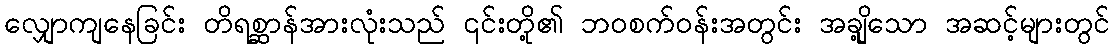
လျှောကျနေခြင်း တိရစ္ဆာန်အားလုံးသည် ၎င်းတို့၏ ဘဝစက်ဝန်းအတွင်း အချို့သော အဆင့်များတွင်